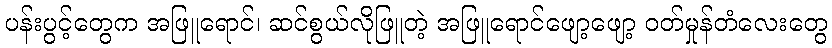
ပန်းပွင့်တွေက အဖြူရောင်၊ ဆင်စွယ်လိုဖြူတဲ့ အဖြူရောင်ဖျော့ဖျော့ ဝတ်မှုန်တံလေးတွေ